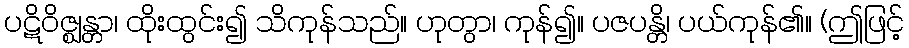
ပဋိဝိဇ္ဈန္တာ၊ ထိုးထွင်း၍ သိကုန်သည်။ ဟုတွာ၊ ကုန်၍။ ပဇပန္တိ၊ ပယ်ကုန်၏။ (ဤဖြင့်